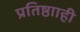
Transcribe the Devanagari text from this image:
प्रतिष्ठााही